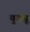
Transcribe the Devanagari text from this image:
युगस्रू